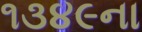
૧૩૪૯ના